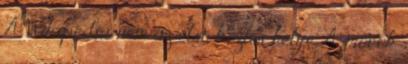
A Wikipédia nem az első közlés helye. A mócok